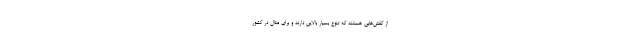
از کفش‌هایی هستند که تنوع بسیار بالایی دارند و برای مثال در کشور